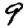
Digit: 9